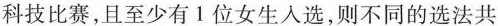
科技比赛，且至少有1位女生入选，则不同的选法共